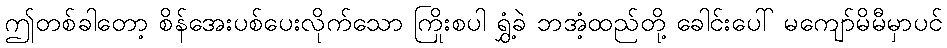
ဤတစ်ခါတော့ စိန်အေးပစ်ပေးလိုက်သော ကြိုးစပါ ရွှံ့ခဲ ဘအံ့ထည်တို့ ခေါင်းပေါ် မကျော်မိမီမှာပင်